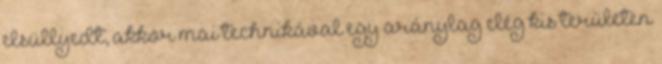
elsüllyedt, akkor mai technikával egy aránylag elég kis területen